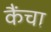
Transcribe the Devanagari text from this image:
कैंचा